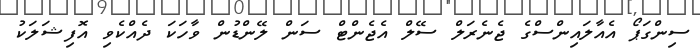
ސިންގަޕޯ އެއާލައިންސްގެ ޖެނެރަލް ސޭލް އެޖެންޓް ސަން ލޭންޑުން ވާހަކަ ދެއްކެވި އޮފިޝަލަކު